Report of the Indian Hemp Drugs Commission, 1894-1895 - Volume III
Year: 1894
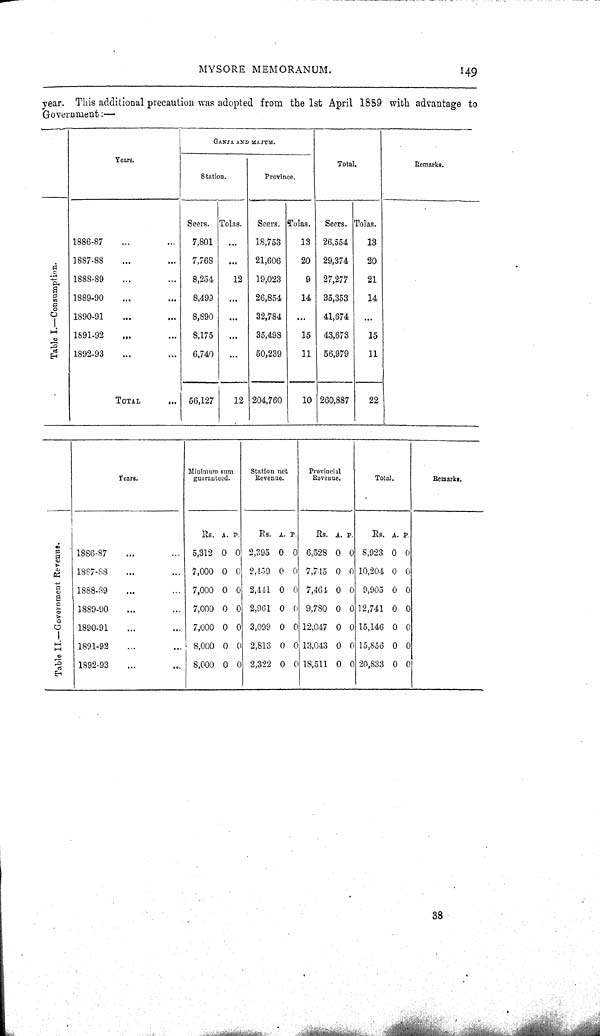
MYSORE MEMORANUM.
149
year. This additional precaution was adopted from the 1st April 1889 with advantage to
Government:—
Years.
GANJA AND MAJUM.
Total.
Years.
Station.
Province.
Total.
Remarks.
Seers. Tolas.
Seers. Tolas.
Sects. Tolas.
Table I.—Consumption.
1886-87
7,801
18,753
13 26,554
13
Table I.—Consumption.
1887-88
7,768
21,606
20 29,374
20
Table I.—Consumption.
1888-89
8,254
12 19,023
9 27,277
21
Table I.—Consumption.
1889-90
8,499
26,854
14 35,353
14
Table I.—Consumption.
1890-91
8,890
32,784
41,674
Table I.—Consumption.
1891-92
8,175
35,498
15 43,673
15
Table I.—Consumption.
1892-93
6,740
50,239
11 56,979
11
TOTAL
56,127
12 204,760
10 260,887
22
Years.
Minimum sum
guaranteed.
Station net
Revenue.
Provincial
Revenue.
Total.
Remarks.
Table II.—Government Revenue.
Rs. A. P.
Rs. A. P.
Us. A. P.
Be. A. P.
Table II.—Government Revenue.
1888-87
5,312 0 0 2,395 0 0 6,528 0 0 8,923 0 0
Table II.—Government Revenue.
1887-88
7,000 0 0 2,459 0 0 7,715 0 0 10,204 0 0
Table II.—Government Revenue.
1888-89
7,000 0 0 2,441 0 0 7,461 0 0 9,905 0 0
Table II.—Government Revenue.
1889-90
7,000 0 0 2,961 0 0 9,780 0 0 12,741 0 0
Table II.—Government Revenue.
1890-91
7,000 0 0 3,099 0 0 12,047 0 0 15,146 0 0
Table II.—Government Revenue.
1891-92
8,000 0 0 2,813 0 0 13,043 0 0 15,856 0 0
Table II.—Government Revenue.
1892-93
8,000 0 0 2,322 0 0 18,511 0 0 20,833 0 0
38